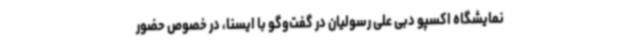
نمایشگاه اکسپو دبی علی رسولیان در گفت‌وگو با ایسنا، در خصوص حضور